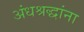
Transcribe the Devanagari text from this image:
अंधश्रद्धांना